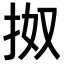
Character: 𢫓